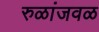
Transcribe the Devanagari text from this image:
रुळांजवळ